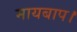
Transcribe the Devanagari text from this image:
मायबाप।